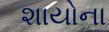
શાયોના